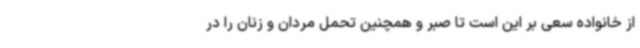
از خانواده سعی بر این است تا صبر و همچنین تحمل مردان و زنان را در